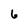
Character: 6